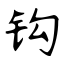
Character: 钩